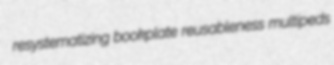
resystematizing bookplate reusableness multipeds